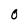
Character: O